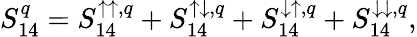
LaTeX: {S_{14}^{q}=S_{14}^{\uparrow\uparrow,q}+S_{14}^{\uparrow\downarrow,q}+S_{14}^{\downarrow\uparrow,q}+S_{14}^{\downarrow\downarrow,q},}